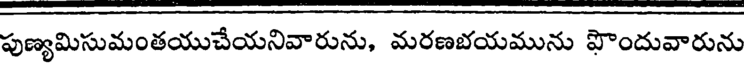
పుణ్యమిసుమంతయుచేయనివారును, మరణబయమును ఫొందువారును